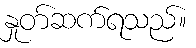
နှုတ်ဆက်ရသည်။